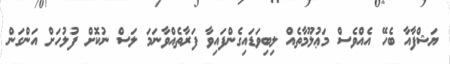
ޔަޝްފާއާ ބެހޭ އެއްވެސް މަޢުލޫމާތެއް ލިބިވަޑައިގެންފައިވާ ފަރާތެއްވާނަމަ ލަސް ނުކޮށް ފުލުހަށް އަންގަން